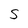
Character: S